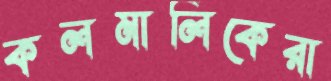
কলমালিকেরা